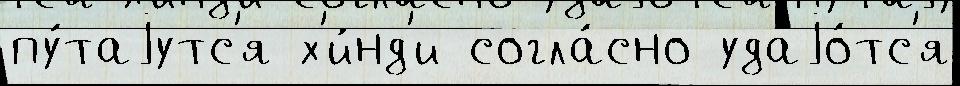
пу́таjутс'я х'и́нд'и согла́сно удаjо́тс'я